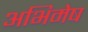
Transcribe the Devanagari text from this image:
अभिमेष